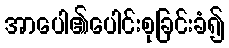
အာပေါ၏ပေါင်းစုခြင်းခံ၍